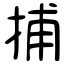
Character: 捕